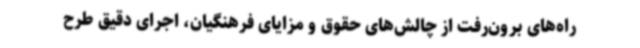
راه‌های برون‌رفت از چالش‌های حقوق و مزایای فرهنگیان، اجرای دقیق طرح